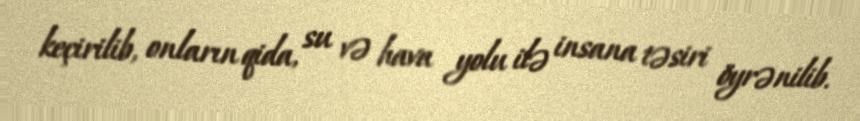
keçirilib, onların qida, su və hava yolu ilə insana təsiri öyrənilib.